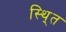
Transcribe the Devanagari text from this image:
स्थि्त